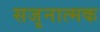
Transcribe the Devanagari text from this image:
सजृनात्मक